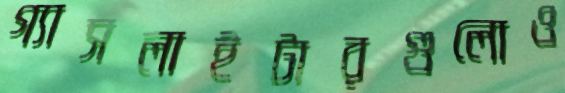
গ্যাসলাইটারগুলোও